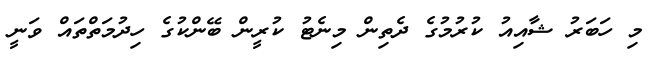
މި ހަބަރު ޝާއިއު ކުރުމުގެ ދެތިން މިނެޓު ކުރީން ބޭންކުގެ ހިދުމަތްތައް ވަނީ